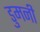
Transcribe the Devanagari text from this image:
डुमनी